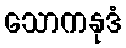
သောကနုဒံ